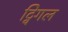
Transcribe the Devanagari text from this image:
ट्विंगल